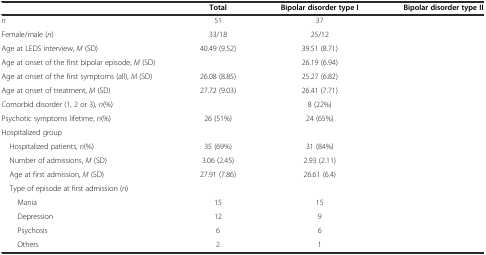
<table><thead><tr><td>[EMPTY_CELL]</td><td><b>Total</b></td><td><b>Bipolar disorder type I</b></td><td><b>Bipolar disorder type II</b></td></tr></thead><tbody><tr><td><i>n</i></td><td>51</td><td>37</td><td>[EMPTY_CELL]</td></tr><tr><td>Female/male (<i>n</i>)</td><td>33/18</td><td>25/12</td><td>[EMPTY_CELL]</td></tr><tr><td>Age at LEDS interview, <i>M</i> (SD)</td><td>40.49 (9.52)</td><td>39.51 (8.71)</td><td>[EMPTY_CELL]</td></tr><tr><td>Age at onset of the first bipolar episode, <i>M</i> (SD)</td><td>[EMPTY_CELL]</td><td>26.19 (6.94)</td><td>[EMPTY_CELL]</td></tr><tr><td>Age at onset of the first symptoms (all), <i>M</i> (SD)</td><td>26.08 (8.85)</td><td>25.27 (6.82)</td><td>[EMPTY_CELL]</td></tr><tr><td>Age at onset of treatment, <i>M</i> (SD)</td><td>27.72 (9.03)</td><td>26.41 (7.71)</td><td>[EMPTY_CELL]</td></tr><tr><td>Comorbid disorder (1, 2 or 3), <i>n</i>(%)</td><td>[EMPTY_CELL]</td><td>8 (22%)</td><td>[EMPTY_CELL]</td></tr><tr><td>Psychotic symptoms lifetime, <i>n</i>(%)</td><td>26 (51%)</td><td>24 (65%)</td><td>[EMPTY_CELL]</td></tr><tr><td>Hospitalized group</td><td>[EMPTY_CELL]</td><td>[EMPTY_CELL]</td><td>[EMPTY_CELL]</td></tr><tr><td> Hospitalized patients, <i>n</i>(%)</td><td>35 (69%)</td><td>31 (84%)</td><td>[EMPTY_CELL]</td></tr><tr><td> Number of admissions, <i>M</i> (SD)</td><td>3.06 (2.45)</td><td>2.93 (2.11)</td><td>[EMPTY_CELL]</td></tr><tr><td> Age at first admission, <i>M</i> (SD)</td><td>27.91 (7.86)</td><td>26.61 (6.4)</td><td>[EMPTY_CELL]</td></tr><tr><td> Type of episode at first admission (<i>n</i>)</td><td>[EMPTY_CELL]</td><td>[EMPTY_CELL]</td><td>[EMPTY_CELL]</td></tr><tr><td>Mania</td><td>15</td><td>15</td><td>[EMPTY_CELL]</td></tr><tr><td>Depression</td><td>12</td><td>9</td><td>[EMPTY_CELL]</td></tr><tr><td>Psychosis</td><td>6</td><td>6</td><td>[EMPTY_CELL]</td></tr><tr><td>Others</td><td>2</td><td>1</td><td>[EMPTY_CELL]</td></tr></tbody></table>